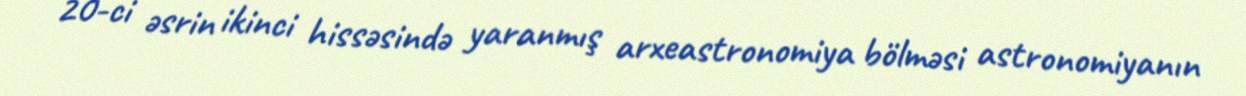
20-ci əsrin ikinci hissəsində yaranmış arxeastronomiya bölməsi astronomiyanın